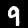
Label: 9